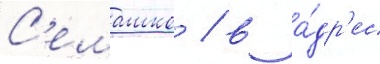
С'емашко / в а́др'ес